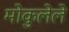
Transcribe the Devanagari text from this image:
मोकुलेले